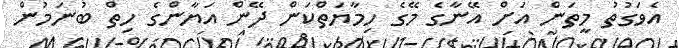
އެވަގުތު މީތަން އަށް އޭނާގެ މޭގެ ހިމާޔަތްކަން ދޭން އަޔާންގެ ހިތް ބުނަމުން